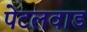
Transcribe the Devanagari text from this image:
पेटलवाड